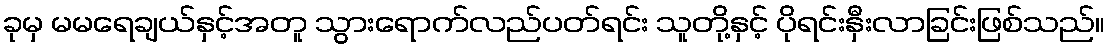
ခုမှ မမရေချယ်နှင့်အတူ သွားရောက်လည်ပတ်ရင်း သူတို့နှင့် ပိုရင်းနှီးလာခြင်းဖြစ်သည်။